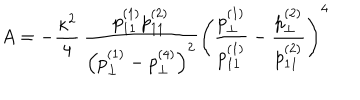
LaTeX: A = - \frac { \kappa ^ { 2 } } { 4 } \, \frac { p _ { 1 1 } ^ { ( 1 ) } p _ { 1 1 } ^ { ( 2 ) } } { \left( p _ { \perp } ^ { ( 1 ) } - p _ { \perp } ^ { ( 4 ) } \right) ^ { 2 } } \left( \frac { p _ { \perp } ^ { ( 1 ) } } { p _ { 1 1 } ^ { ( 1 ) } } - \frac { p _ { \perp } ^ { ( 2 ) } } { p _ { 1 1 } ^ { ( 2 ) } } \right) ^ { 4 }